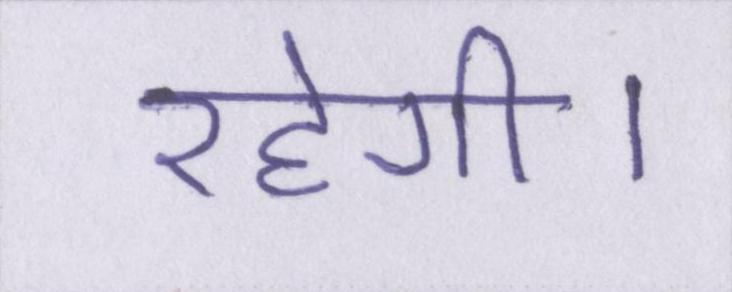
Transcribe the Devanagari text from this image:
रहेगी।